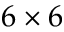
6 \times 6